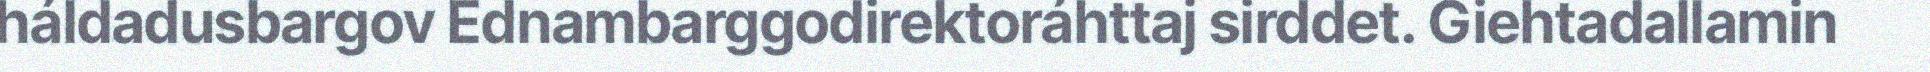
háldadusbargov Ednambarggodirektoráhttaj sirddet. Giehtadallamin